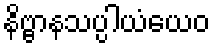
နိဗ္ဗာနသပ္ပါယံယေဝ